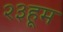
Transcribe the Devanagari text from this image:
२३हूम